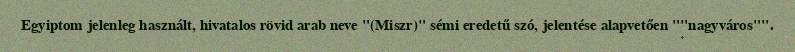
Egyiptom jelenleg használt, hivatalos rövid arab neve "(Miszr)" sémi eredetű szó, jelentése alapvetően ""nagyváros"".